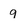
Character: g